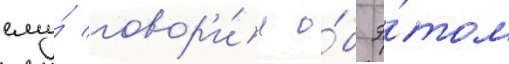
ему́ говор'и́л о́б э́том